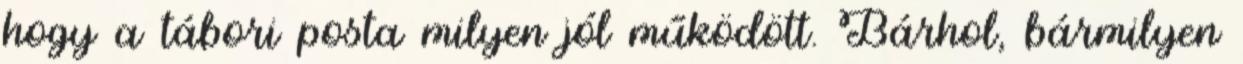
hogy a tábori posta milyen jól működött. Bárhol, bármilyen